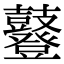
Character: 鼟